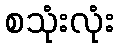
စသုံးလုံး